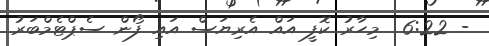
- 6:22  މިހާރު ކޮފީ އައް އެރިޔަސް އައި ފޯން ސެޕްޓެމްބަރު